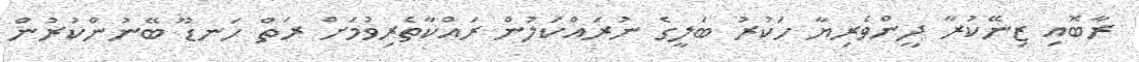
ރާބޮއި ޒިނޭކުރާ ދީންވެރިޔާ ހަކުރު ބަލީގެ ނުރައްކަލުން ރައްކާތެރިވުމަށް ރަތް ހަނޑޫ ބޭނުންކުރުން